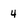
Character: 4